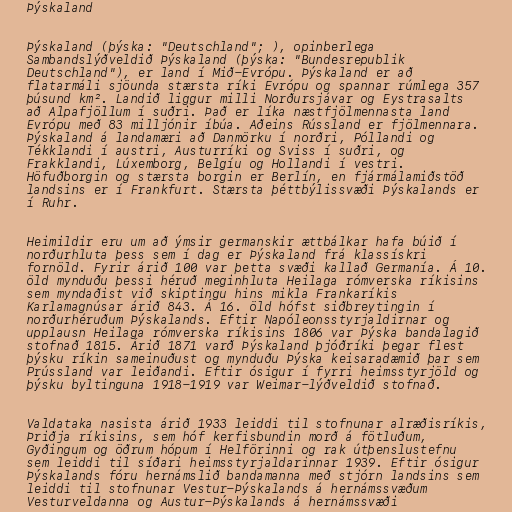
Þýskaland

Þýskaland (þýska: "Deutschland"; ), opinberlega
Sambandslýðveldið Þýskaland (þýska: "Bundesrepublik
Deutschland"), er land í Mið-Evrópu. Þýskaland er að
flatarmáli sjöunda stærsta ríki Evrópu og spannar rúmlega 357
þúsund km². Landið liggur milli Norðursjávar og Eystrasalts
að Alpafjöllum í suðri. Það er líka næstfjölmennasta land
Evrópu með 83 milljónir íbúa. Aðeins Rússland er fjölmennara.
Þýskaland á landamæri að Danmörku í norðri, Póllandi og
Tékklandi í austri, Austurríki og Sviss í suðri, og
Frakklandi, Lúxemborg, Belgíu og Hollandi í vestri.
Höfuðborgin og stærsta borgin er Berlín, en fjármálamiðstöð
landsins er í Frankfurt. Stærsta þéttbýlissvæði Þýskalands er
í Ruhr.

Heimildir eru um að ýmsir germanskir ættbálkar hafa búið í
norðurhluta þess sem í dag er Þýskaland frá klassískri
fornöld. Fyrir árið 100 var þetta svæði kallað Germanía. Á 10.
öld mynduðu þessi héruð meginhluta Heilaga rómverska ríkisins
sem myndaðist við skiptingu hins mikla Frankaríkis
Karlamagnúsar árið 843. Á 16. öld hófst siðbreytingin í
norðurhéruðum Þýskalands. Eftir Napóleonsstyrjaldirnar og
upplausn Heilaga rómverska ríkisins 1806 var Þýska bandalagið
stofnað 1815. Árið 1871 varð Þýskaland þjóðríki þegar flest
þýsku ríkin sameinuðust og mynduðu Þýska keisaradæmið þar sem
Prússland var leiðandi. Eftir ósigur í fyrri heimsstyrjöld og
þýsku byltinguna 1918-1919 var Weimar-lýðveldið stofnað.

Valdataka nasista árið 1933 leiddi til stofnunar alræðisríkis,
Þriðja ríkisins, sem hóf kerfisbundin morð á fötluðum,
Gyðingum og öðrum hópum í Helförinni og rak útþenslustefnu
sem leiddi til síðari heimsstyrjaldarinnar 1939. Eftir ósigur
Þýskalands fóru hernámslið bandamanna með stjórn landsins sem
leiddi til stofnunar Vestur-Þýskalands á hernámssvæðum
Vesturveldanna og Austur-Þýskalands á hernámssvæði